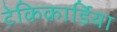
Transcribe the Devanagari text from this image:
टेकिकार्डिया